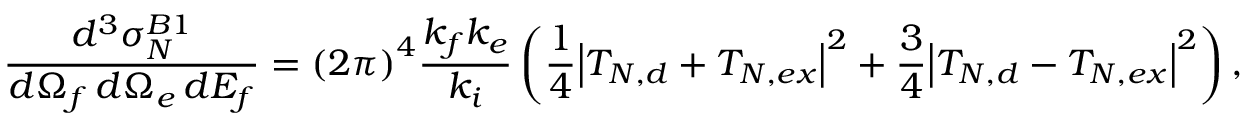
\frac { d ^ { 3 } { \sigma } _ { N } ^ { B 1 } } { d \Omega _ { f } \, d \Omega _ { e } \, d E _ { f } } = { ( 2 \pi ) } ^ { 4 } \frac { k _ { f } k _ { e } } { k _ { i } } \left( \frac 1 4 { \left| T _ { N , d } + T _ { N , e x } \right| } ^ { 2 } + \frac 3 4 { \left| T _ { N , d } - T _ { N , e x } \right| } ^ { 2 } \right) ,